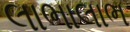
લાભાલાભ